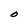
Character: O